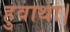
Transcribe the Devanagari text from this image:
हुवाथा।